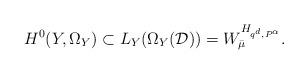
LaTeX: \begin{align*}H^0(Y,\Omega_Y) \subset L_Y(\Omega_Y(\mathcal{D}))= W_{\bar{\mu}}^{H_{q^d,P^\alpha}}.\end{align*}